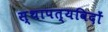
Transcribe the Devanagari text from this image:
स्थापत्यविदों